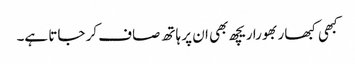
کبھی کبھار بھورا ریچھ بھی ان پر ہاتھ صاف کر جاتا ہے۔